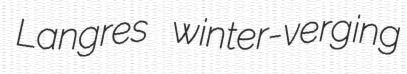
Langres winter-verging